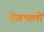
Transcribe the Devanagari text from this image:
देखभालों